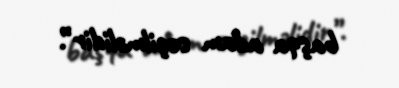
başqa adam seçilməlidir”.